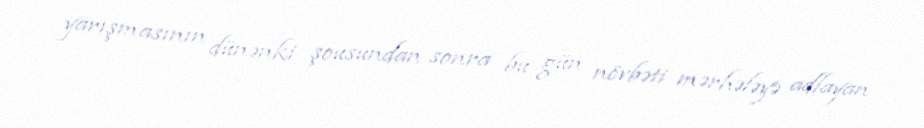
yarışmasının dünənki şousundan sonra bu gün növbəti mərhələyə adlayan